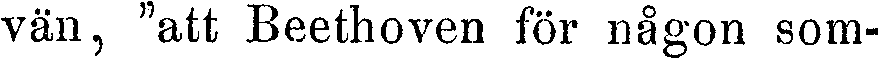
vän, "att Beethoven för någon som-